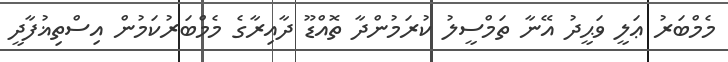
މެމްބަރު ޢަލީ ވަޙީދު އޭނާ ތަމްސީލު ކުރަމުންދާ ތޮއްޑޫ ދާއިރާގެ މެމްބަރުކަމުން އިސްތިޣުފާދީ